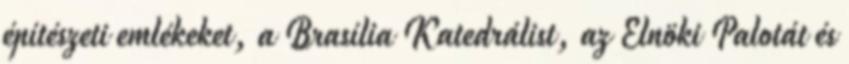
építészeti emlékeket, a Brasília Katedrálist, az Elnöki Palotát és